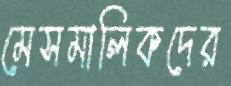
মেসমালিকদের